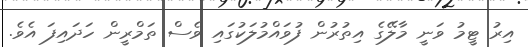
އިރު ޓީމު ވަނީ މާލޭގެ އިތުރުން ފުވައްމުލަކުގައި ވެސް ތަމްރީން ހަދައިފަ އެވެ.